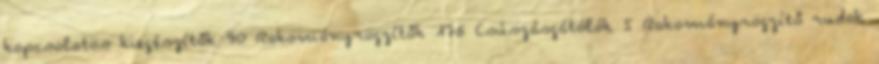
kapcsolatos kiegészítők 90 Rakományrögzítők 176 Csúszásgátólók 5 Rakományrögzítő rudak